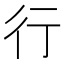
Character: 行